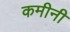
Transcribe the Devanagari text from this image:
कमीनी